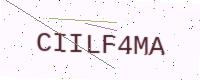
Text: CIILF4MA